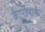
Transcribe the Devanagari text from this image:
बैटरीपार्क